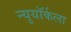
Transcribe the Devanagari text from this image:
न्युयॉर्कला